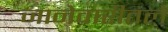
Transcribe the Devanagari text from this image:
जानेवारीतले